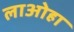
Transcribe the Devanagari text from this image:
लाओहा